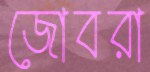
জোবরা